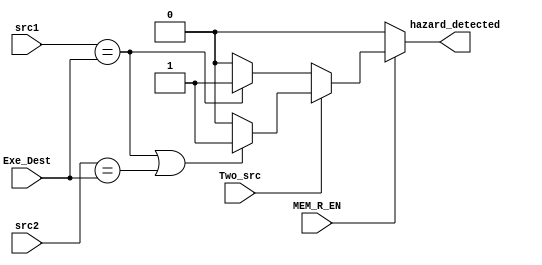
////////////////////////////////////////////////////////////////////////////////
//                              ARM Architecture:	                    		      //	
// 		                            New Hazard Unit		                            //
// Revision by:                				                                           //
////////////////////////////////////////////////////////////////////////////////
module newHazardUnit(
  input Two_src,
  input [3:0] src1,
  input [3:0] src2,
  input [3:0] Exe_Dest,
  input MEM_R_EN,
  output reg hazard_detected
);

  always @(Two_src, src1, src2, Exe_Dest, MEM_R_EN) begin
    hazard_detected = 1'b0;
    
    if(MEM_R_EN == 1'b1) begin
      if(Two_src == 1'b1) begin
        if(src1 == Exe_Dest || src2 == Exe_Dest) begin
          hazard_detected <= 1'b1;
        end
      end
      else if(Two_src == 1'b0) begin
        if(src1 == Exe_Dest) begin
          hazard_detected <= 1'b1;
        end
      end
    end
      
  end 
  
  
endmodule